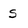
Character: s